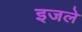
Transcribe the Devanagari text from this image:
इजले